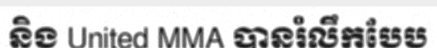
និង United MMA បានរំលឹកបែប